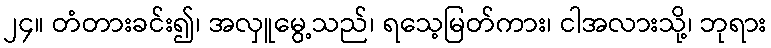
၂၄။ တံတားခင်း၍၊ အလှူမွေ့သည်၊ ရသေ့မြတ်ကား၊ ငါအလားသို့၊ ဘုရား